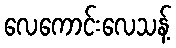
လေကောင်းလေသန့်